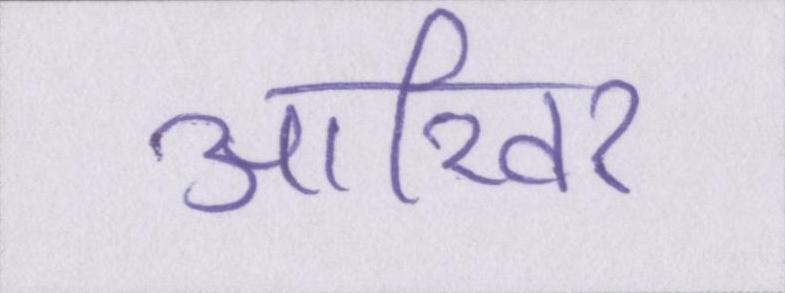
आखिर